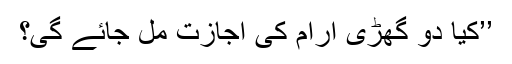
’’کیا دو گھڑی آرام کی اجازت مل جائے گی؟